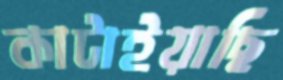
কাটাইয়াছি